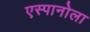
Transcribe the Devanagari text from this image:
एस्पानोला